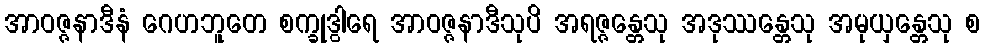
အာဝဇ္ဇနာဒီနံ ဂေဟဘူတေ စက္ခုဒွါရေ အာဝဇ္ဇနာဒီသုပိ အရဇ္ဇန္တေသု အဒုဿန္တေသု အမုယှန္တေသု စ